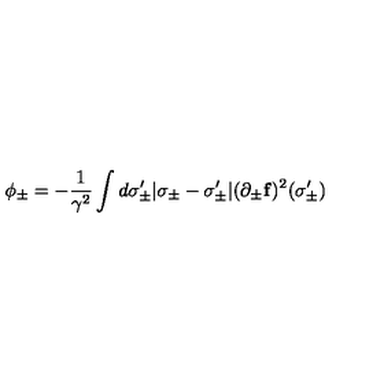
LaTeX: \phi _ { \pm } = - \frac { 1 } { \gamma ^ { 2 } } \int d \sigma _ { \pm } ^ { \prime } | \sigma _ { \pm } - \sigma _ { \pm } ^ { \prime } | ( \partial _ { \pm } { \bf f } ) ^ { 2 } ( \sigma _ { \pm } ^ { \prime } )